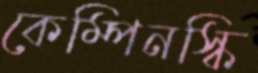
কেম্পিনস্কি